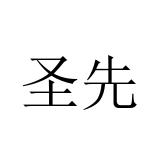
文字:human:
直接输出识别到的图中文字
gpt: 圣先